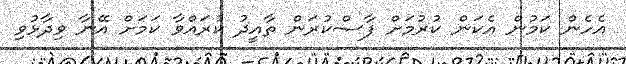
އެހެން ކަމުން އެކަން ކުރުމަށް ފާސްކުރަން ތާއީދު ކުރައްވާ ކަމަށް އޭނާ ވިދާޅުވި